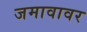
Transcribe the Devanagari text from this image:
जमावावर